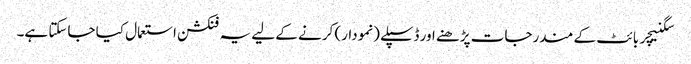
سگنیچر بائٹ کے مندرجات پڑھنے اور ڈسپلے (نمودار) کرنے کے لیے یہ فنکشن استعمال کیا جاسکتا ہے۔